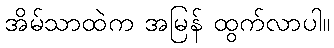
အိမ်သာထဲက အမြန် ထွက်လာပါ။